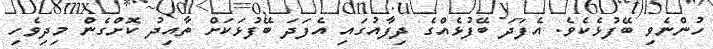
ހުންނެވި ބޭފުޅެކެވެ. އެފަދަ ބޭފުޅެއްގެ ދިފާއުގައި އެފަދަ ބޭފުޅަކަށް ތާއިދު ކޮށްގެން މިދިވެހި